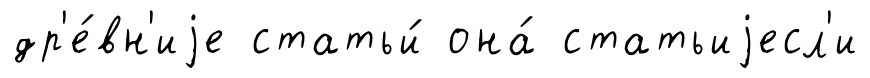
др'е́вн'иjе статьи́ она́ статьиjесл'и